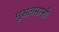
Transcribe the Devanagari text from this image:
मूसलमानी